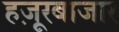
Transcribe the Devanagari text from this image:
हज़ूरबाजार